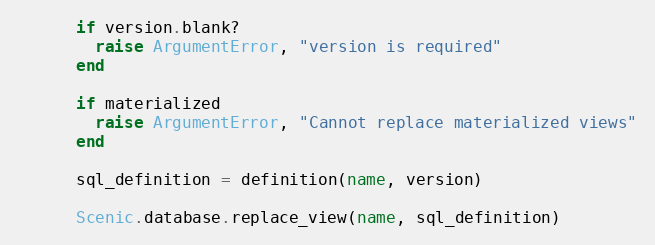
Language: Ruby
      if version.blank?
        raise ArgumentError, "version is required"
      end

      if materialized
        raise ArgumentError, "Cannot replace materialized views"
      end

      sql_definition = definition(name, version)

      Scenic.database.replace_view(name, sql_definition)